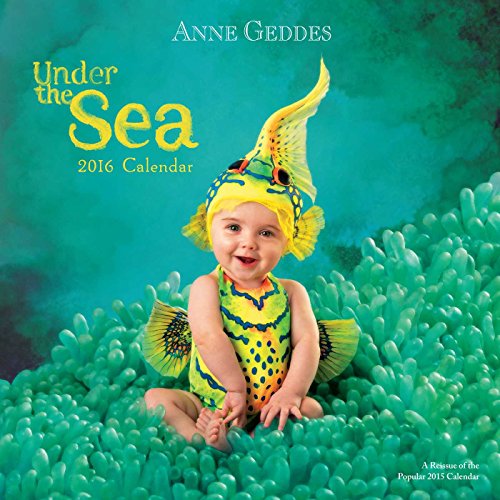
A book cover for Anne Geddes 2016 Wall Calendar: Under the Sea; Anne Geddes; Calendars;